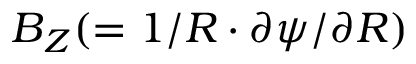
\boldsymbol { B } _ { Z } ( = 1 / \boldsymbol { R } \cdot \partial \boldsymbol { \psi } / \partial R )